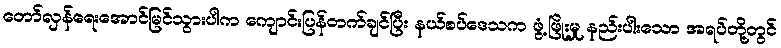
တော်လှန်ရေးအောင်မြင်သွားပါက ကျောင်းပြန်တက်ချင်ပြီး နယ်စပ်ဒေသက ဖွံ့ဖြိုးမှု နည်းပါးသော အရပ်တို့တွင်